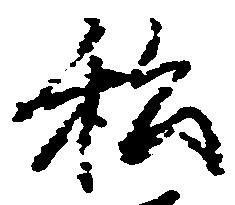
私